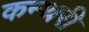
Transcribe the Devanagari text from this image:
कन्थरी